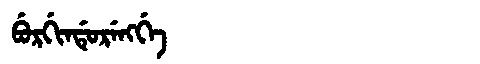
Manchu: ᠪᡠᡵᡤᡳᠨᡩᡠᡵᡝᠩᡤᡝ
Romanization: BURGINDURENGGE